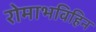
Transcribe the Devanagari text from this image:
रोमाभविहिन